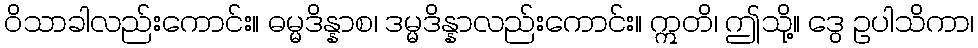
ဝိသာခါလည်းကောင်း။ ဓမ္မဒိန္နာစ၊ ဒမ္မဒိန္နာလည်းကောင်း။ ဣတိ၊ ဤသို့။ ဒွေ ဥပါသိကာ၊